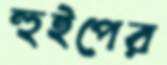
হুইপের